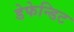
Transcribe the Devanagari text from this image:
डेफेन्डिट